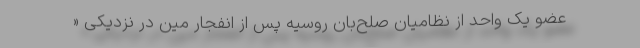
عضو یک واحد از نظامیان صلح‌بان روسیه پس از انفجار مین در نزدیکی «